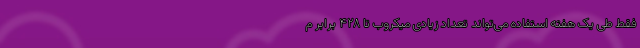
فقط طی یک هفته استفاده می‌تواند تعداد زیادی میکروب تا ۴۲۸ برابر م